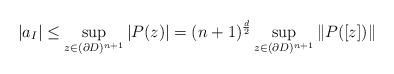
LaTeX: \begin{align*} |a_I| \le \sup_{z \in (\partial D)^{n+1}}|P(z)| = (n+1)^{\frac{d}{2}}\sup_{z \in (\partial D)^{n+1}}\|P([z])\| \end{align*}